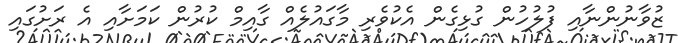
ޒުވާނުންނާއި ފުލުހުން ގުޅިގެން އެކުވެރި މާގައުލެއް ގާއިމް ކުރުން ކަމަށާއި އެ ރަށުގައި